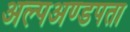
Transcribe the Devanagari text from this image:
अल्पअण्डपता